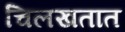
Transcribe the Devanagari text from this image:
चिलखतात